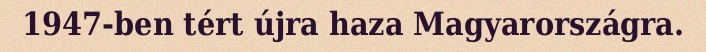
1947-ben tért újra haza Magyarországra.